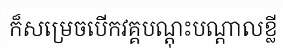
ក៏សម្រេចបើកវគ្គបណ្តុះបណ្តាលខ្លី